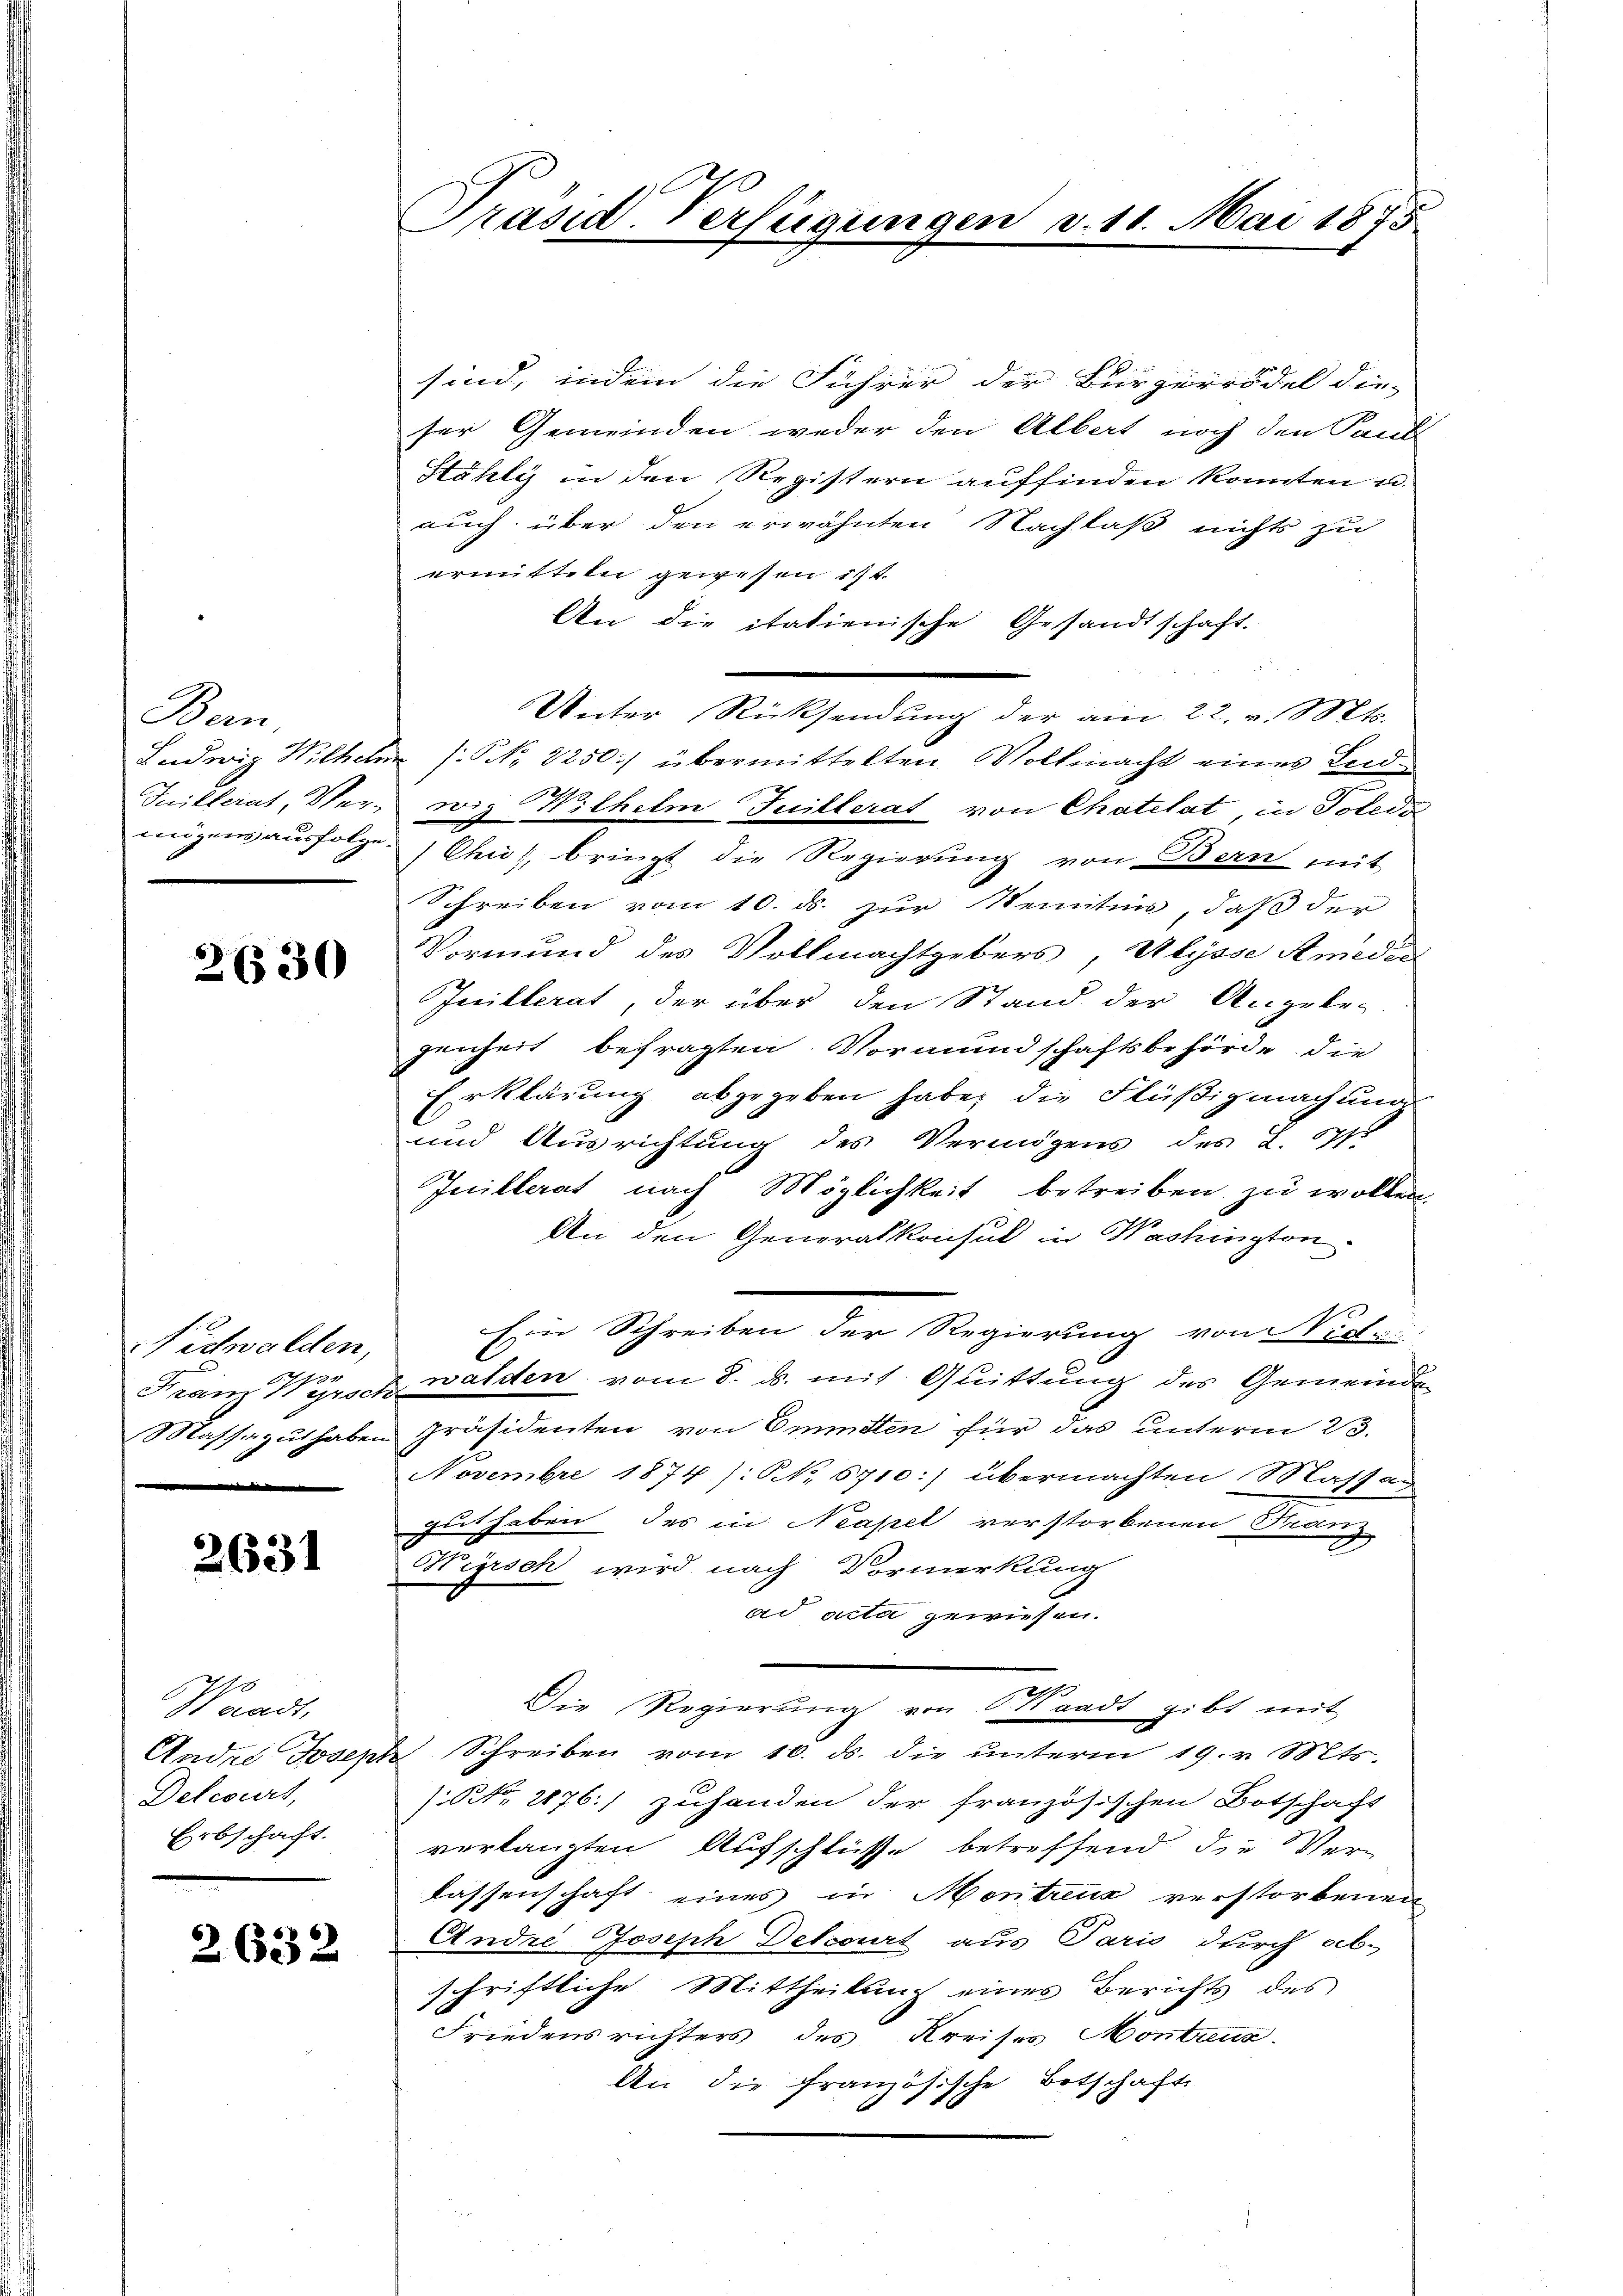
Bern

26530

ichwalden,
731

2631

Waadt,
Delcourt,
Erbschaft.

2632.

Präsid. Verfügungen v. 11. Mai 1875

sind, indem die Führer der Bürgerrödel die-
ser Gemeinden weder den Albert noch den Paul
Hähly in den Registern auffinden konnten u.
auch über den erwähnten Nachlaß nichts zu
ermitteln gewesen ist.
An die italienische Gesandtschaft.
Unter Rücksendung der am 22. v. Mts.
Ludwig Wilhelm (NNo. 2250) übermittelten Vollmacht eines Leid-
Juillerat, Ver- wie Wilhelm Juillerat von Chatelat, in Poledo
mögensausfolge Chis bringt die Regierŭng von Bern mit
Schreiben vom 10. ds. zur Kenntnis, daß der
Vormund des Vollmachtgebers, Ulysse Amedic
Juillerat, der über den Stand der Angebe-
genheit befragten Vormundschaftsbehörde die
Erklärung abgegeben habe, die Flüßigmachung
und Ausrichtung des Vermögens des L. 571
Juillerat nach Möglichkeit betreiben zu wollen
An den Generalkonsul in Washington
Eine Schreiben der Regierung von Nietzi
Franz Wyrsch walden vom 8. ds. mit Quittung des Gemeinde
Massaguthaben Präsidenten von Emmtten für das unterm 23.
Novembre 1874 /: NNo. 6710:) übermachten Massag
gut haben, des in Neapel verstorbenen Franz
x
Higisch wird nach Vormerkung
ad acta gewiesen.
Die Regierung von Waadt gibt mit
Andre Joseph Schreiben vom 10. ds. die ŭnterm 19. v. Mts.
/. Nr. 2176. zuhanden der französischen Botschaft
verlangten Aufschlüsse betreffend die Verlassenschaft eines in Montreux verstorbenen
Andre Joseph Detcourt aus Paris durch ab-
schriftliche Mittheilung eines Berichts des
Friedensrichters des Kreises Monteur.
An die französische Botschaft